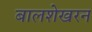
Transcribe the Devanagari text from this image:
बालशेखरन